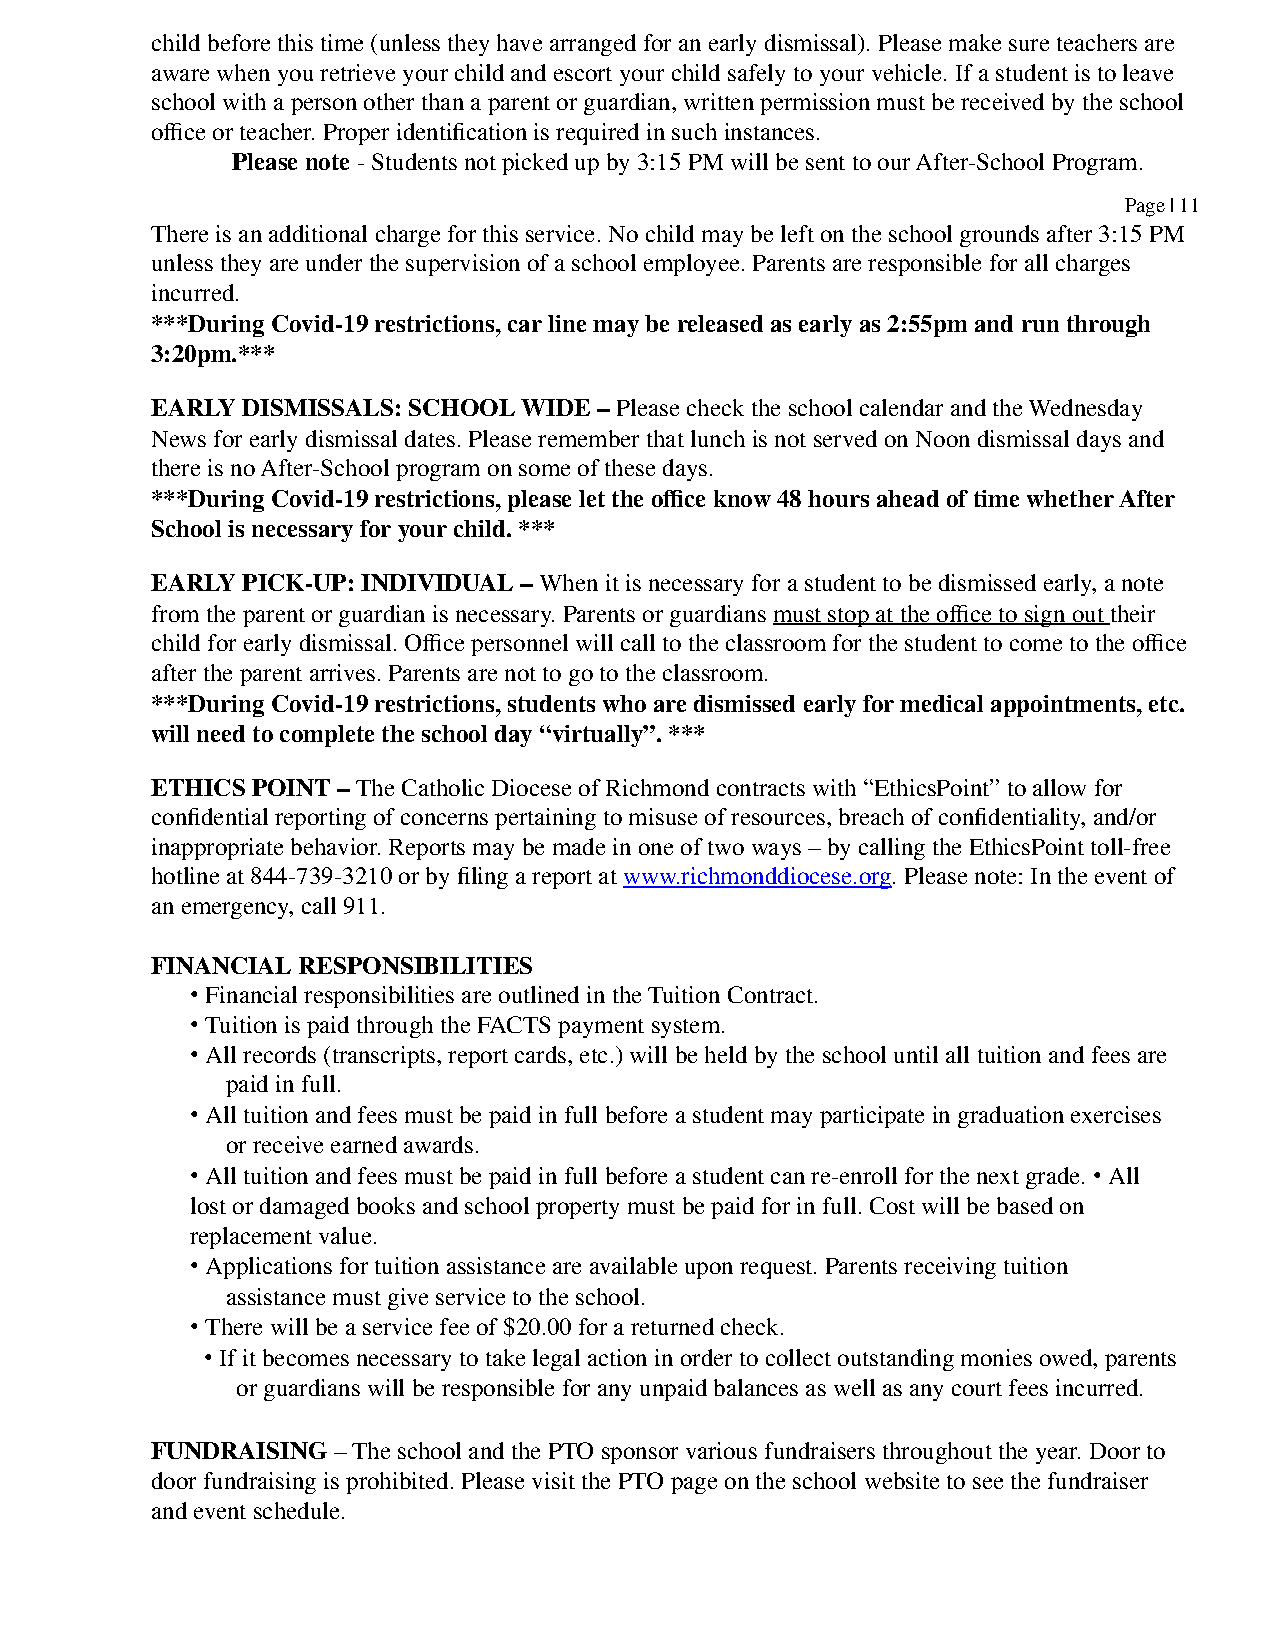
child before this time (unless they have arranged for an early dismissal). Please make sure teachers are
 aware when you retrieve your child and escort your child safely to your vehicle. If a student is to leave
 school with a person other than a parent or guardian, written permission must be received by the school
 office or teacher. Proper identification is required in such instances.
 Please note - Students not picked up by 3:15 PM will be sent to our After-School Program.
 Page | 11
 There is an additional charge for this service. No child may be left on the school grounds after 3:15 PM
 unless they are under the supervision of a school employee. Parents are responsible for all charges
 incurred.
 ***During Covid-19 restrictions, car line may be released as early as 2:55pm and run through
 3:20pm.***
 EARLY DISMISSALS: SCHOOL WIDE – Please check the school calendar and the Wednesday
 News for early dismissal dates. Please remember that lunch is not served on Noon dismissal days and
 there is no After-School program on some of these days.
 ***During Covid-19 restrictions, please let the office know 48 hours ahead of time whether After
 School is necessary for your child. ***
 EARLY PICK-UP: INDIVIDUAL – When it is necessary for a student to be dismissed early, a note
 from the parent or guardian is necessary. Parents or guardians must stop at the office to sign out their
 child for early dismissal. Office personnel will call to the classroom for the student to come to the office
 after the parent arrives. Parents are not to go to the classroom.
 ***During Covid-19 restrictions, students who are dismissed early for medical appointments, etc.
 will need to complete the school day “virtually”. ***
 ETHICS POINT – The Catholic Diocese of Richmond contracts with “EthicsPoint” to allow for
 confidential reporting of concerns pertaining to misuse of resources, breach of confidentiality, and/or
 inappropriate behavior. Reports may be made in one of two ways – by calling the EthicsPoint toll-free
 hotline at 844-739-3210 or by filing a report at www.richmonddiocese.org.Please note: In the event of
 an emergency, call 911.
 FINANCIAL RESPONSIBILITIES
 • Financial responsibilities are outlined in the Tuition Contract.
 • Tuition is paid through the FACTS payment system.
 • All records (transcripts, report cards, etc.) will be held by the school until all tuition and fees are
 paid in full.
 • All tuition and fees must be paid in full before a student may participate in graduation exercises
 or receive earned awards.
 • All tuition and fees must be paid in full before a student can re-enroll for the next grade. • All
 lost or damaged books and school property must be paid for in full. Cost will be based on
 replacement value.
 • Applications for tuition assistance are available upon request. Parents receiving tuition
 assistance must give service to the school.
 • There will be a service fee of $20.00 for a returned check.
 • If it becomes necessary to take legal action in order to collect outstanding monies owed, parents
 or guardians will be responsible for any unpaid balances as well as any court fees incurred.
 FUNDRAISING – The school and the PTO sponsor various fundraisers throughout the year. Door to
 door fundraising is prohibited. Please visit the PTO page on the school website to see the fundraiser
 and event schedule.